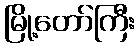
မြို့တော်ကြီး